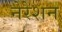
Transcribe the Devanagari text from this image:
नेरेशन